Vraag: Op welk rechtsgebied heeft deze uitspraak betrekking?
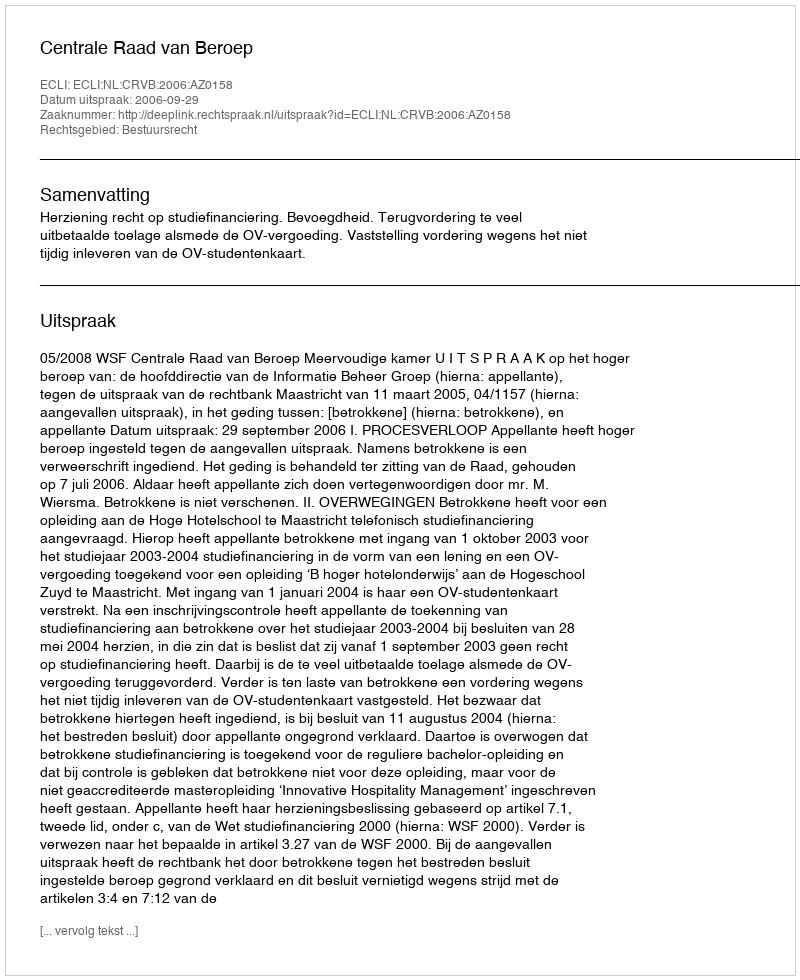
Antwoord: Bestuursrecht